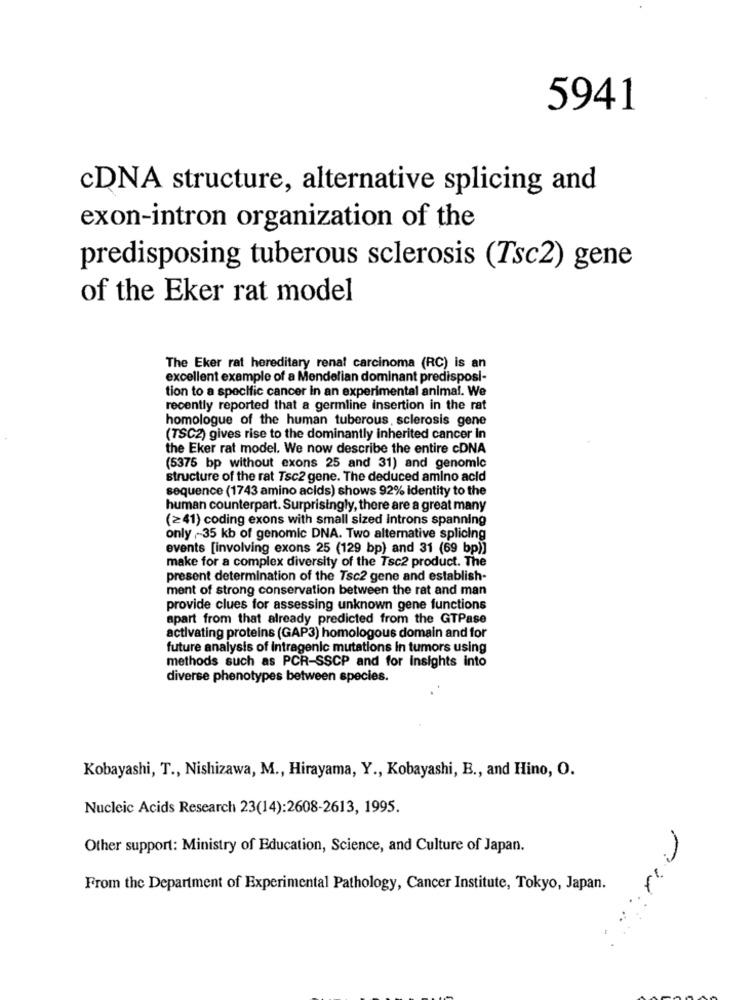
5941
cDNA structure, alternative splicing and
exon-intron organization of the
predisposing tuberous sclerosis (Tsc2) gene
of the Eker rat model
The Eker rat hereditary renal carcinoma (RC) is an
excellent example of a Mendelian dominant predisposi-
tion to a specific cancer in an experimental animal. We
recently reported that a germline insertion in the rat
homologue of the human tuberous, sclerosis gene
(TSCZ) gives rise to the dominantly inherited cancer in
the Eker rat model. We now describe the entire cDNA
(5375 bp without exons 25 and 31) and genomic
structure of the rat Tsc2 gene. The deduced amino acid
sequence (1743 amino acids) shows 92% identity to the
human counterpart. Surprisingly, there are a great many
(241) coding exons with small sized introns spanning
only -35 kb of genomic DNA. Two alternative splicing
events [involving exons 25 (129 bp) and 31 (69 bp)]
make for a complex diversity of the Tsc2 product. The
present determination of the Tsc2 gene and establish-
ment of strong conservation between the rat and man
provide clues for assessing unknown gene functions
apart from that already predicted from the GTPase
activating proteins (GAP3) homologous domain and for
future analysis of intragenic mutations in tumors using
methods such as PCR-SSCP and for Insights into
diverse phenotypes between species.
Kobayashi, T ., Nishizawa, M ., Hirayama, Y ., Kobayashi, B ., and Hino, O.
Nucleic Acids Research 23(14):2608-2613, 1995.
Other support: Ministry of Education, Science, and Culture of Japan.
From the Department of Experimental Pathology, Cancer Institute, Tokyo, Japan.